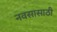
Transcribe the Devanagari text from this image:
नवसासाठी